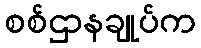
စစ်ဌာနချုပ်က